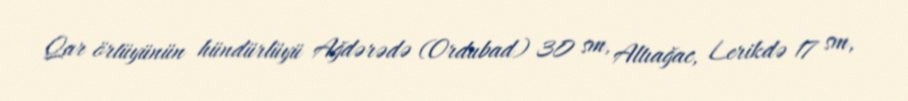
Qar örtüyünün hündürlüyü Ağdərədə (Ordubad) 30 sm, Altıağac, Lerikdə 17 sm,